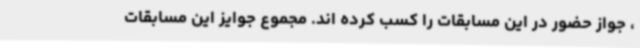
، جواز حضور در این مسابقات را کسب کرده اند. مجموع جوایز این مسابقات